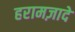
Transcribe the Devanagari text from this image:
हरामज़ादे